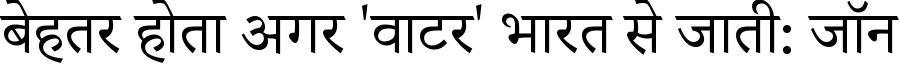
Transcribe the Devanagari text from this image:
बेहतर होता अगर 'वाटर' भारत से जाती: जॉन